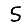
Digit: 5